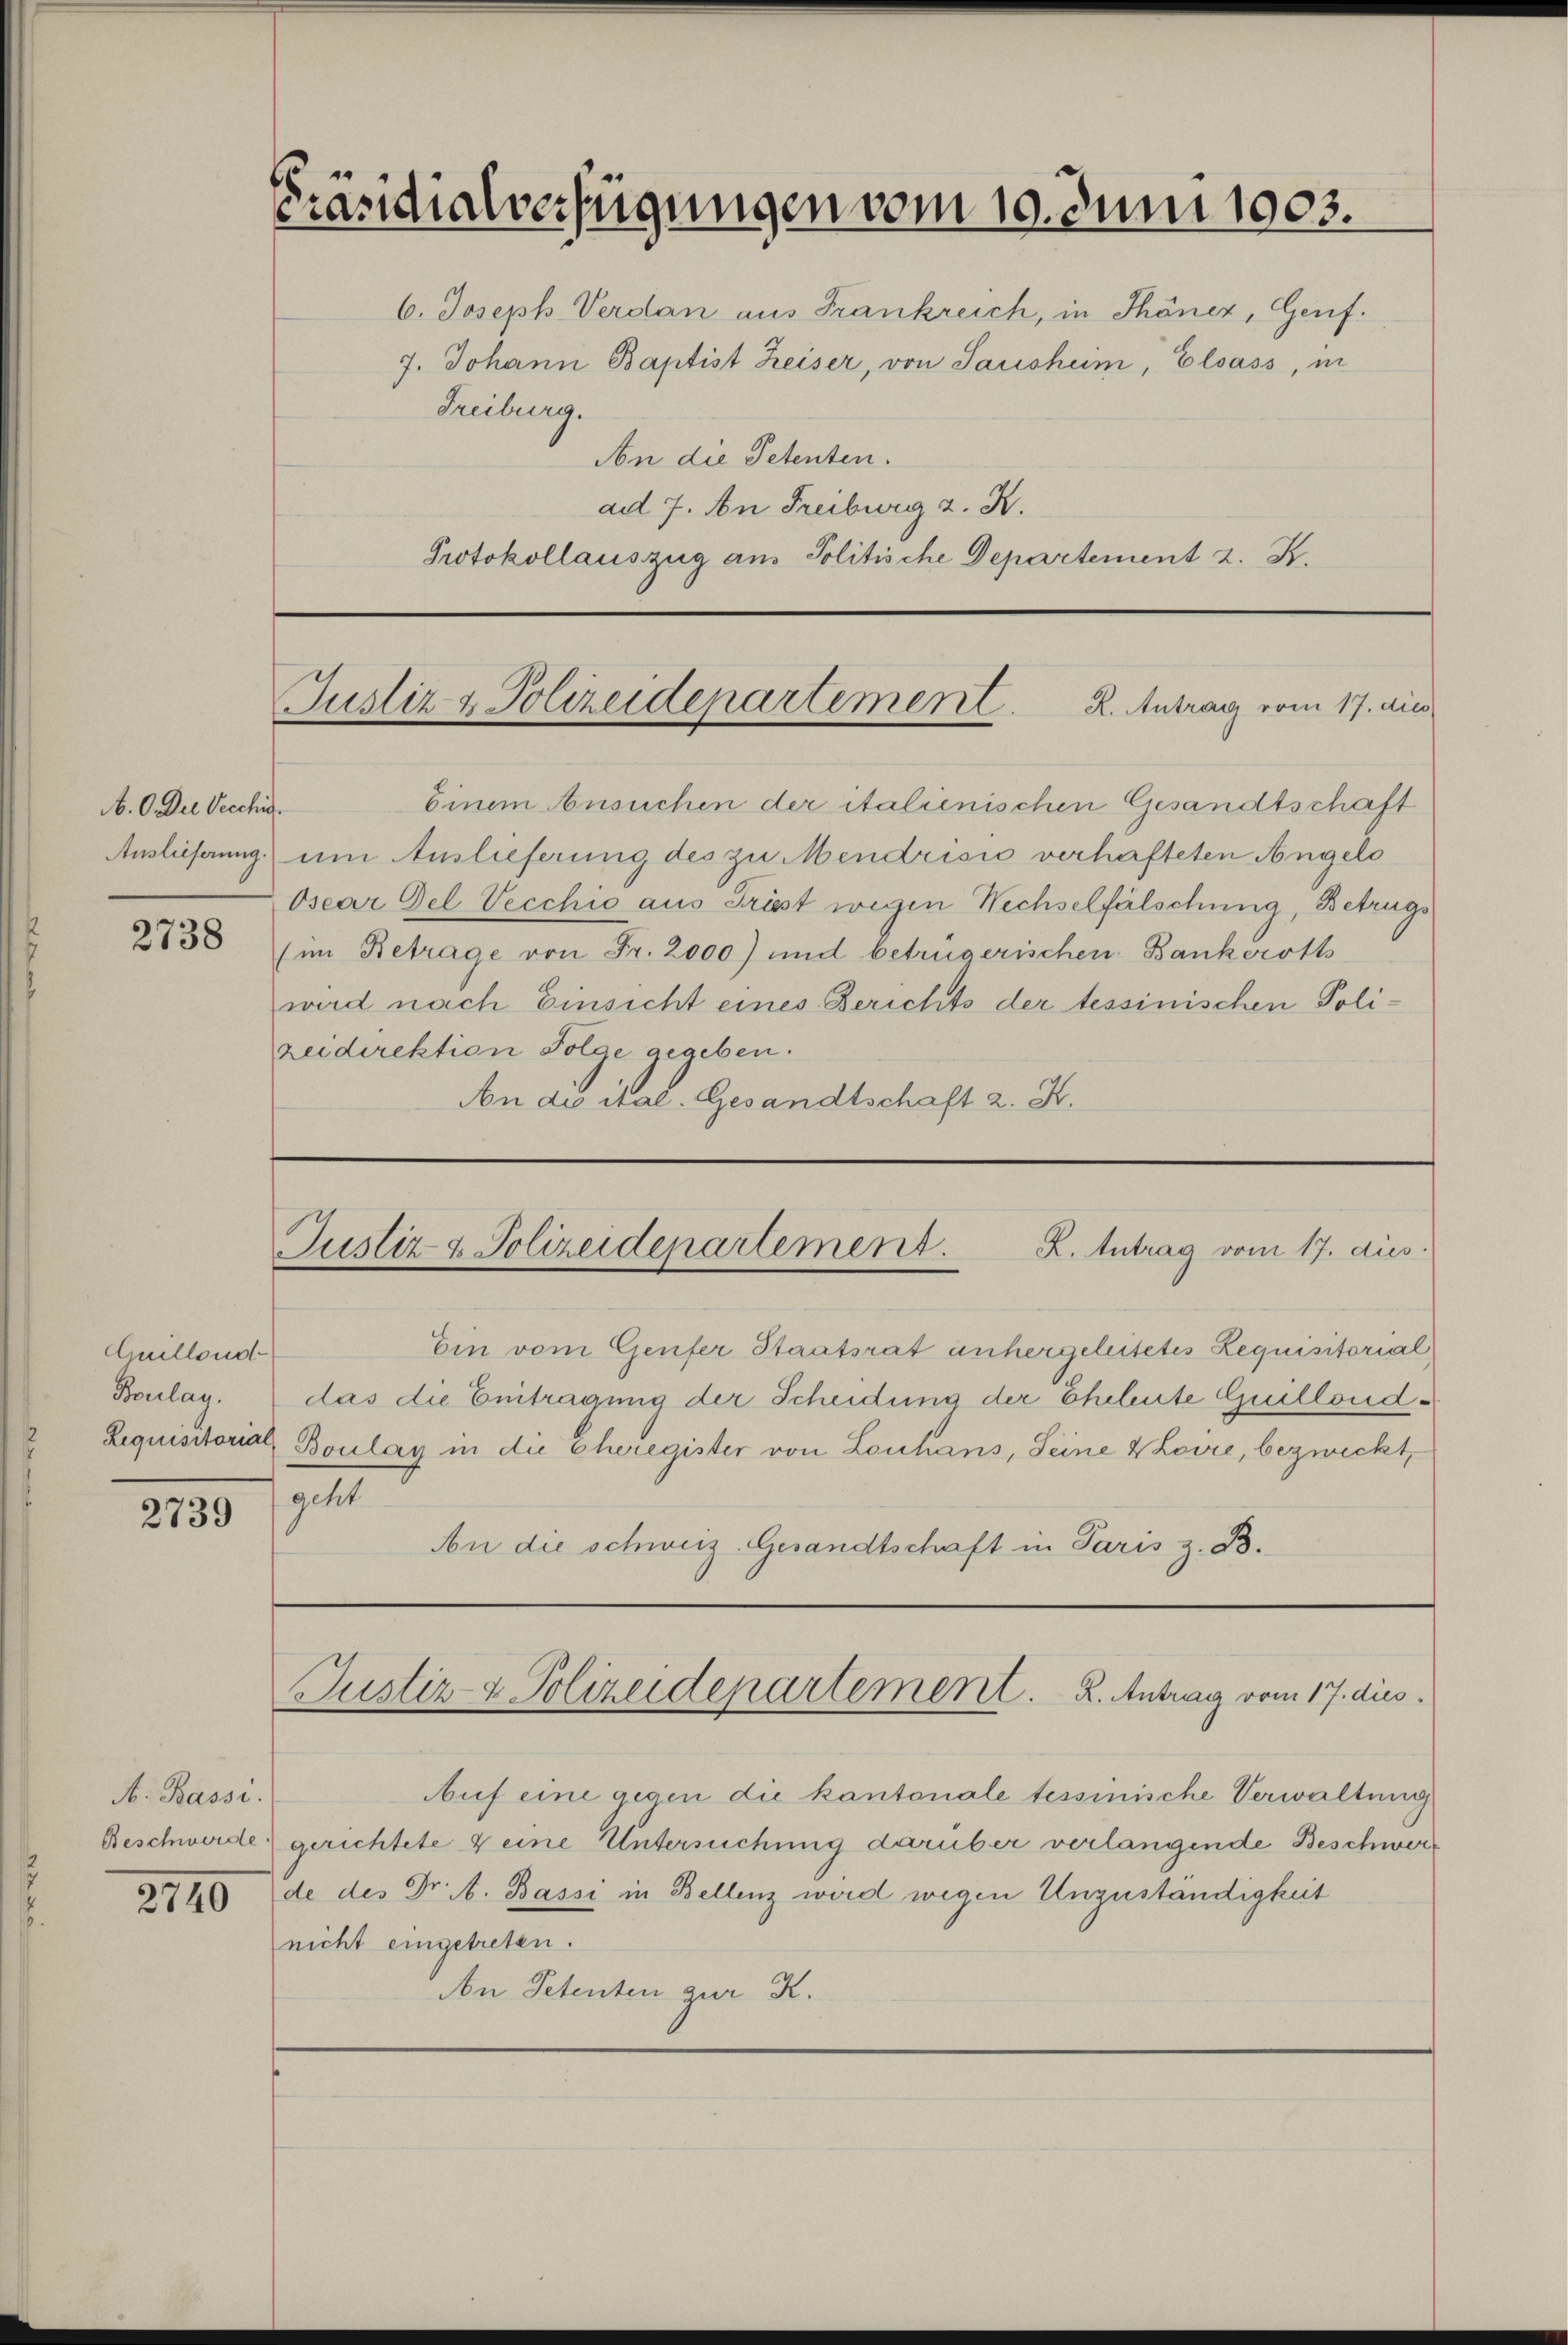
A. O. Die Vecchig.
Auslieferung.
2738

Quillond
Boulag.
Requisitorial

2739

A. Bassi
Beschwerde.
2110

Präsidialverfügungen vom 10. Juni 1903.

Freiburg.

6. Joseph Verdan aus Frankreich, in Thöner, Genf.
7. Johann Baptist Heiser, von Saushum, Elsass, in
An die Petenten.
ad 7. An Freiburg z. R.
Protokollauszug aus Politische Departement z. B.

Justiz & Polizeidepartement. K. Antrag vom 17. die

Einem Ansuchen der italienischen Gesandtschaft
um Auslieferung des zu Mendrisis verhafteten Angelo
Osear Gel Vecchio aus Triest wegen Wechselfälschung, Betrugs
(im Betrage von Fr. 2000) und betrügerischen Bankeroths
wird nach Einsicht eines Berichts der tessinischen Polizeidirektion Folge gegeben.
An die ital. Gesandtschaft 2. K.

K. Antrag vom 17. dies
Justiz & Polizeidepartement.

Justiz- & Polizeidepartement. K. Antrag vom 17. dies

Auf eine gegen die kantonale tessinische Verwaltung
gerichtete & eine Untersuchung darüber verlangende Beschwerde des Dr. A. Bassi in Bellenz werd wegen Unzuständigkeit
nicht eingetreten.
An Petenten zur K.

Ein vom Genfer Staatsrat unhergeleitetes Requisitorial
das die Eintragung der Scheidung der Eheleute Guillond¬
Boulay in die Cheregister von Louhans, Seine Loire, bezweckt,
.
An die schweiz. Gesandtschaft in Paris z. B.